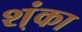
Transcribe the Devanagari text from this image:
श्ंका